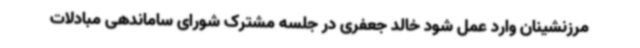
مرزنشینان وارد عمل شود خالد جعفری در جلسه مشترک شورای ساماندهی مبادلات